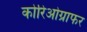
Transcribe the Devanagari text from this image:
कोरिओग्राफर